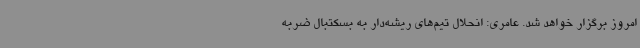
امروز برگزار خواهد شد. عامری: انحلال تیم‌های ریشه‌دار به بسکتبال ضربه